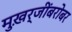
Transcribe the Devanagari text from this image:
मुख़र्जींबरोबर